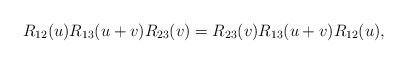
\begin{align*}R_{12}(u)R_{13}(u+v)R_{23}(v)=R_{23}(v)R_{13}(u+v)R_{12}(u),\end{align*}